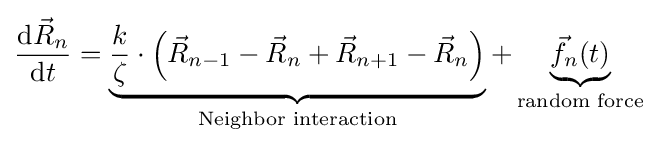
{\frac {\mathrm {d} {\vec {R}}_{n}}{\mathrm {d} t}}=\underbrace {{\frac {k}{\zeta }}\cdot \left({\vec {R}}_{n-1}-{\vec {R}}_{n}+{\vec {R}}_{n+1}-{\vec {R}}_{n}\right)} _{\text{Neighbor interaction}}+\underbrace {{\vec {f}}_{n}(t)} _{\text{random force}}